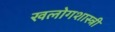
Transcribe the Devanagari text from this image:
खलोगशास्त्री